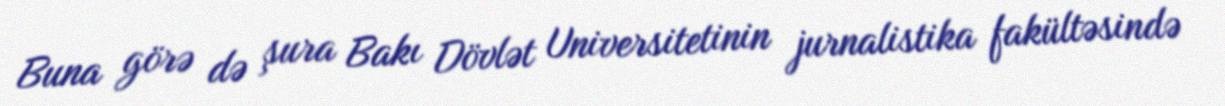
Buna görə də şura Bakı Dövlət Universitetinin jurnalistika fakültəsində